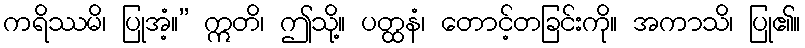
ကရိဿမိ၊ ပြုအံ့။” ဣတိ၊ ဤသို့။ ပတ္ထနံ၊ တောင့်တခြင်းကို။ အကာသိ၊ ပြု၏။